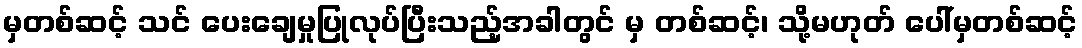
မှတစ်ဆင့် သင် ပေးချေမှုပြုလုပ်ပြီးသည့်အခါတွင် မှ တစ်ဆင့်၊ သို့မဟုတ် ပေါ်မှတစ်ဆင့်